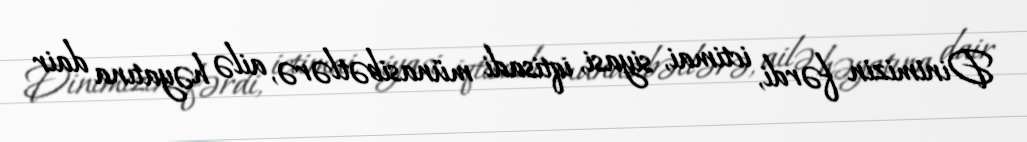
Dinimizin fərdi, ictimai, siyasi, iqtisadi münasibətlərə, ailə həyatına dair